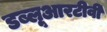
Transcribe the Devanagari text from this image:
डब्लूआरटीवी